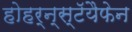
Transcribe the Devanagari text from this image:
होहर्न्स्टॅयैफेन